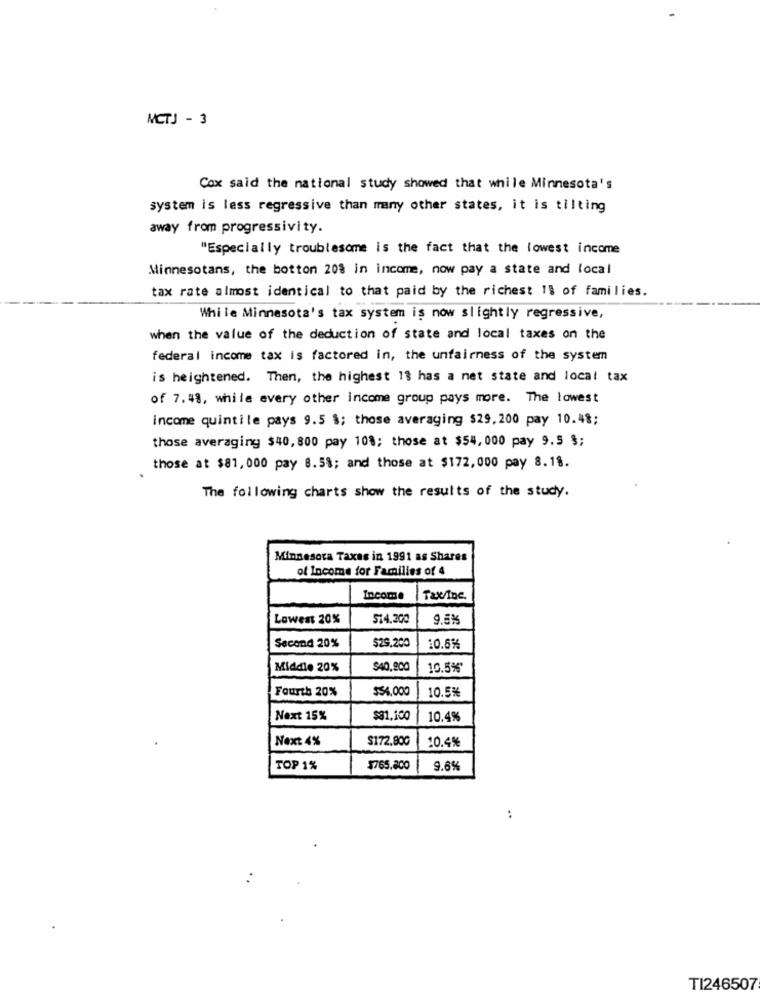
MCTJ - 3
Cox said the national study showed that while Minnesota's
system is less regressive than many other states, it is tilting
away from progressivity.
"Especially troublesome is the fact that the lowest income
Minnesotans, the botton 208 in income, now pay a state and local
tax rate almost identical to that paid by the richest 1% of families.
While Minnesota's tax system is now slightly regressive,
when the value of the deduction of state and local taxes on the
federal income tax is factored in, the unfairness of the system
is heightened. Then, the highest 13 has a net state and local tax
of 7.48, while every other income group pays more. The lowest
income quintile pays 9.5 $; those averaging $29,200 pay 10.48;
those averaging $40, 800 pay 108; those at $54, 000 pay 9.5 $;
those at $81, 000 pay 8.58; and those at $172,000 pay 8.18.
The following charts show the results of the study.
Minnesota Taxes in 1991 as Shares
of Income for Families of 4
Income
Tax/Inc.
Lowest 20%
514,200
9.5%
Second 20%
$29.200
10.6%
Middle 20%
$40,900
10.5%*
Fourth 20%
$54.000
10.5%
Next 15%
$31.100
10.4%
Next 4%
$172,80G
10.4%
TOP 1%
$765.800
9.6%
TI246507